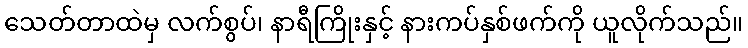
သေတ်တာထဲမှ လက်စွပ်၊ နာရီကြိုးနှင့် နားကပ်နှစ်ဖက်ကို ယူလိုက်သည်။